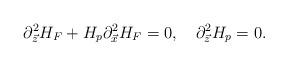
LaTeX: \begin{align*}\partial^{2}_{\vec{z}}H_{F}+H_{p}\partial^{2}_{\vec{x}}H_{F}=0, \ \ \ \partial^2_{\vec{z}}H_p=0.\end{align*}